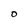
Character: O